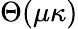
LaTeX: \Theta(\mu\kappa)